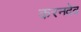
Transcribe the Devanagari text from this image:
करनदेव